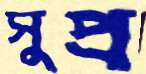
সুপ্র